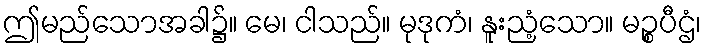
ဤမည်သောအခါ၌။ မေ၊ ငါသည်။ မုဒုကံ၊ နူးညံ့သော။ မဉ္စပီဌံ၊